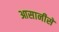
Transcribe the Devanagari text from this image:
आसानीसे